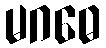
မဂဓေ